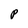
Character: P